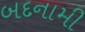
બદનામી